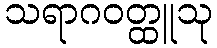
သရာဂဝတ္ထူသု